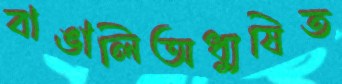
বাঙালিঅধ্যুষিত